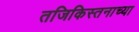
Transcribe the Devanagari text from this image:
तजिकिस्तनाच्या